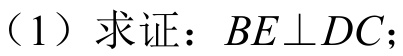
（1）求证：\(BE\perp DC\)；